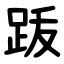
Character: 䟦